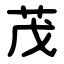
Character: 茂